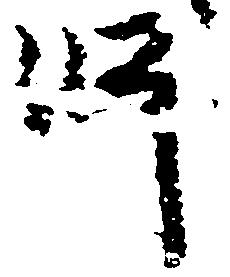
師